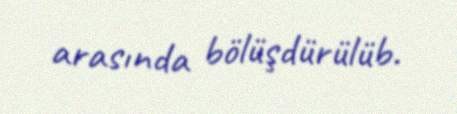
arasında bölüşdürülüb.